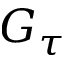
G _ { \tau }